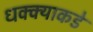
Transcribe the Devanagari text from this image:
धक्क्याकडे